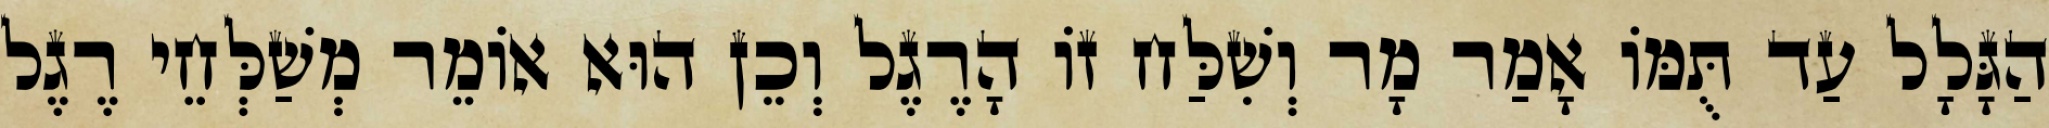
הַגָּלָל עַד תֻּמּוֹ אָמַר מָר וְשִׁלַּח זוֹ הָרֶגֶל וְכֵן הוּא אוֹמֵר מְשַׁלְּחֵי רֶגֶל